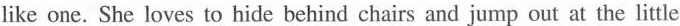
like one. She loves to hide behind chairs and jump out at the little